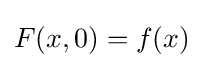
F(x,0)=f(x)